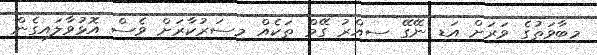
މިބާވަތުގެ ވަރަށް އަޑި ނޭގޭ ސިއްރު ގޭމް ތަކެއް މިސަރުކާރަށް ވެސް އޮޅުވާލައިގެން